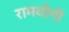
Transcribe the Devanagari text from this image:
रामयोगी